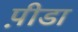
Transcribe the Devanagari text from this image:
प़ीडा